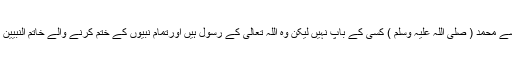
تمہارے مردوں میں سے محمد ( صلی اللہ علیہ وسلم ) کسی کے باپ نہيں لیکن وہ اللہ تعالی کے رسول ہیں اورتمام نبیوں کے ختم کرنے والے خاتم النبیین ہیں الاحزاب ( 40 ) ۔